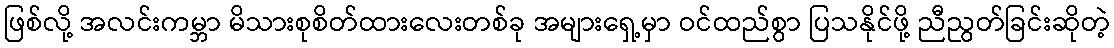
ဖြစ်လို့ အလင်းကမ္ဘာ မိသားစုစိတ်ထားလေးတစ်ခု အများရှေ့မှာ ဝင်ထည်စွာ ပြသနိုင်ဖို့ ညီညွတ်ခြင်းဆိုတဲ့